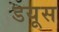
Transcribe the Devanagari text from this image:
डयूस